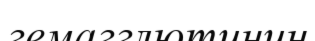
гемагглютинин